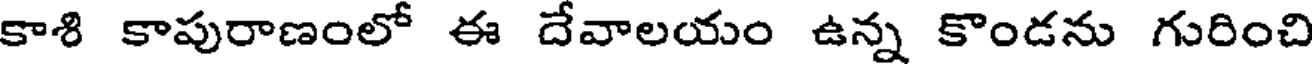
కాశి కాపురాణంలో ఈ దేవాలయం ఉన్న కొండను గురించి